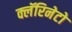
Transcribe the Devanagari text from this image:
क्लॅरिनेटो